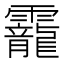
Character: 靇